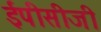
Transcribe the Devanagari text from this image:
ईपीसीजी